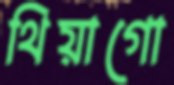
থিয়াগো